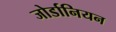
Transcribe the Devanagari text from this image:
जोर्डानियन